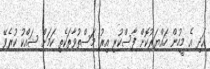
އަދި އެ މީހުން ހައްޔަރުކޮށް ފާސްކުރި އިރު މަސްތުވާތަކެތި ކަމަށް ޝައްކު ކުރެވޭ